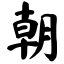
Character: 朝